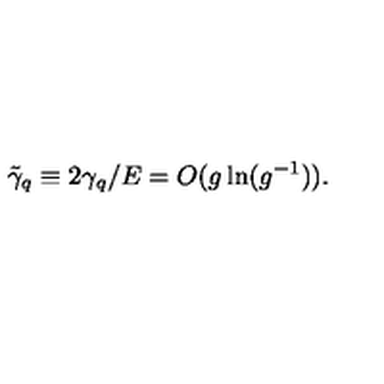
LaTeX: \tilde { \gamma } _ { q } \equiv 2 \gamma _ { q } / E = O ( g \ln ( g ^ { - 1 } ) ) .